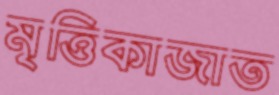
মৃত্তিকাজাত